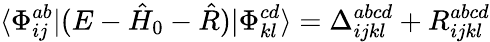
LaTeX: \langle\Phi_{ij}^{ab}|(E-\hat{H}_{0}-\hat{R})|\Phi_{kl}^{cd}\rangle=\Delta_{ijkl}^{abcd}+R_{ijkl}^{abcd}